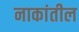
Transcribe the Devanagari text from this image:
नाकांतील